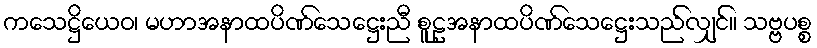
ကသေဋ္ဌိယေဝ၊ မဟာအနာထပိဏ်သေဋ္ဌေးညီ စူဠအနာထပိဏ်သေဋ္ဌေးသည်လျှင်။ သဗ္ဗပစ္စ